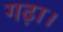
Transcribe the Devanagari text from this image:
गढ़ा।